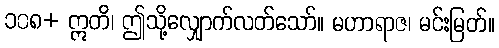
၁၀၈+ ဣတိ၊ ဤသို့လျှောက်လတ်သော်။ မဟာရာဇ၊ မင်းမြတ်။